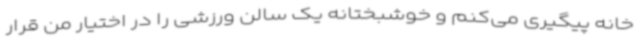
خانه پیگیری می‌کنم و خوشبختانه یک سالن ورزشی را در اختیار من قرار